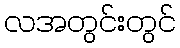
လအတွင်းတွင်